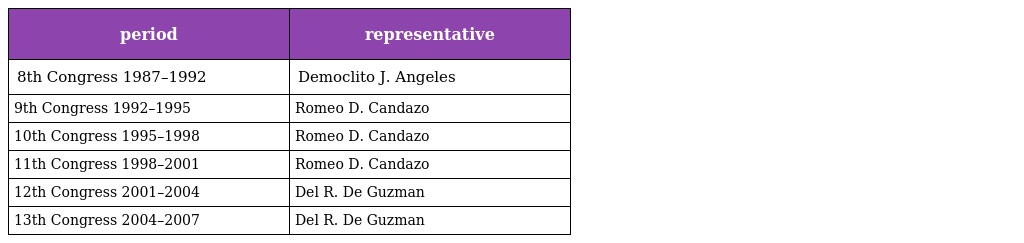
| period | representative |
 | --- | --- |
 | 8th Congress 1987–1992 | Democlito J. Angeles |
 | 9th Congress 1992–1995 | Romeo D. Candazo |
 | 10th Congress 1995–1998 | Romeo D. Candazo |
 | 11th Congress 1998–2001 | Romeo D. Candazo |
 | 12th Congress 2001–2004 | Del R. De Guzman |
 | 13th Congress 2004–2007 | Del R. De Guzman |